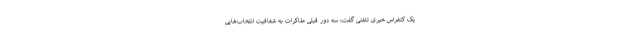
یک کنفراس خبری تلفنی گفت، سه دور قبلی مذاکرات به شفافیت انتخاب‌هایی